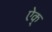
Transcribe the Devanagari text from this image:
ऐक्